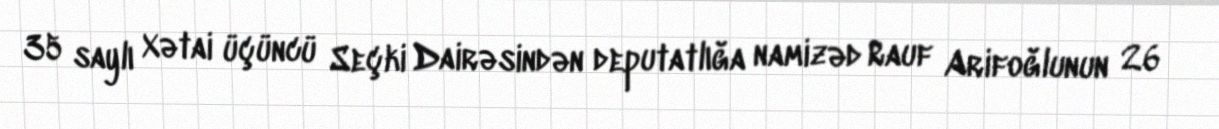
35 saylı Xətai üçüncü Seçki Dairəsindən deputatlığa namizəd Rauf Arifoğlunun 26